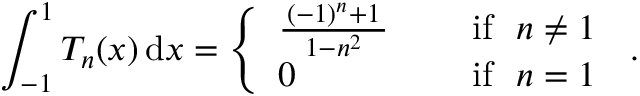
\int _ { - 1 } ^ { 1 } T _ { n } ( x ) \, \mathrm { d } x = { \left\{ \begin{array} { l l } { { \frac { \, ( - 1 ) ^ { n } + 1 \, } { \, 1 - n ^ { 2 } \, } } \quad } & { { \mathrm { ~ i f ~ } } ~ n \neq 1 } \\ { 0 \quad } & { { \mathrm { ~ i f ~ } } ~ n = 1 } \end{array} \right. } ~ .